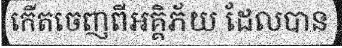
កើតចេញពីអគ្គិភ័យ ដែលបាន